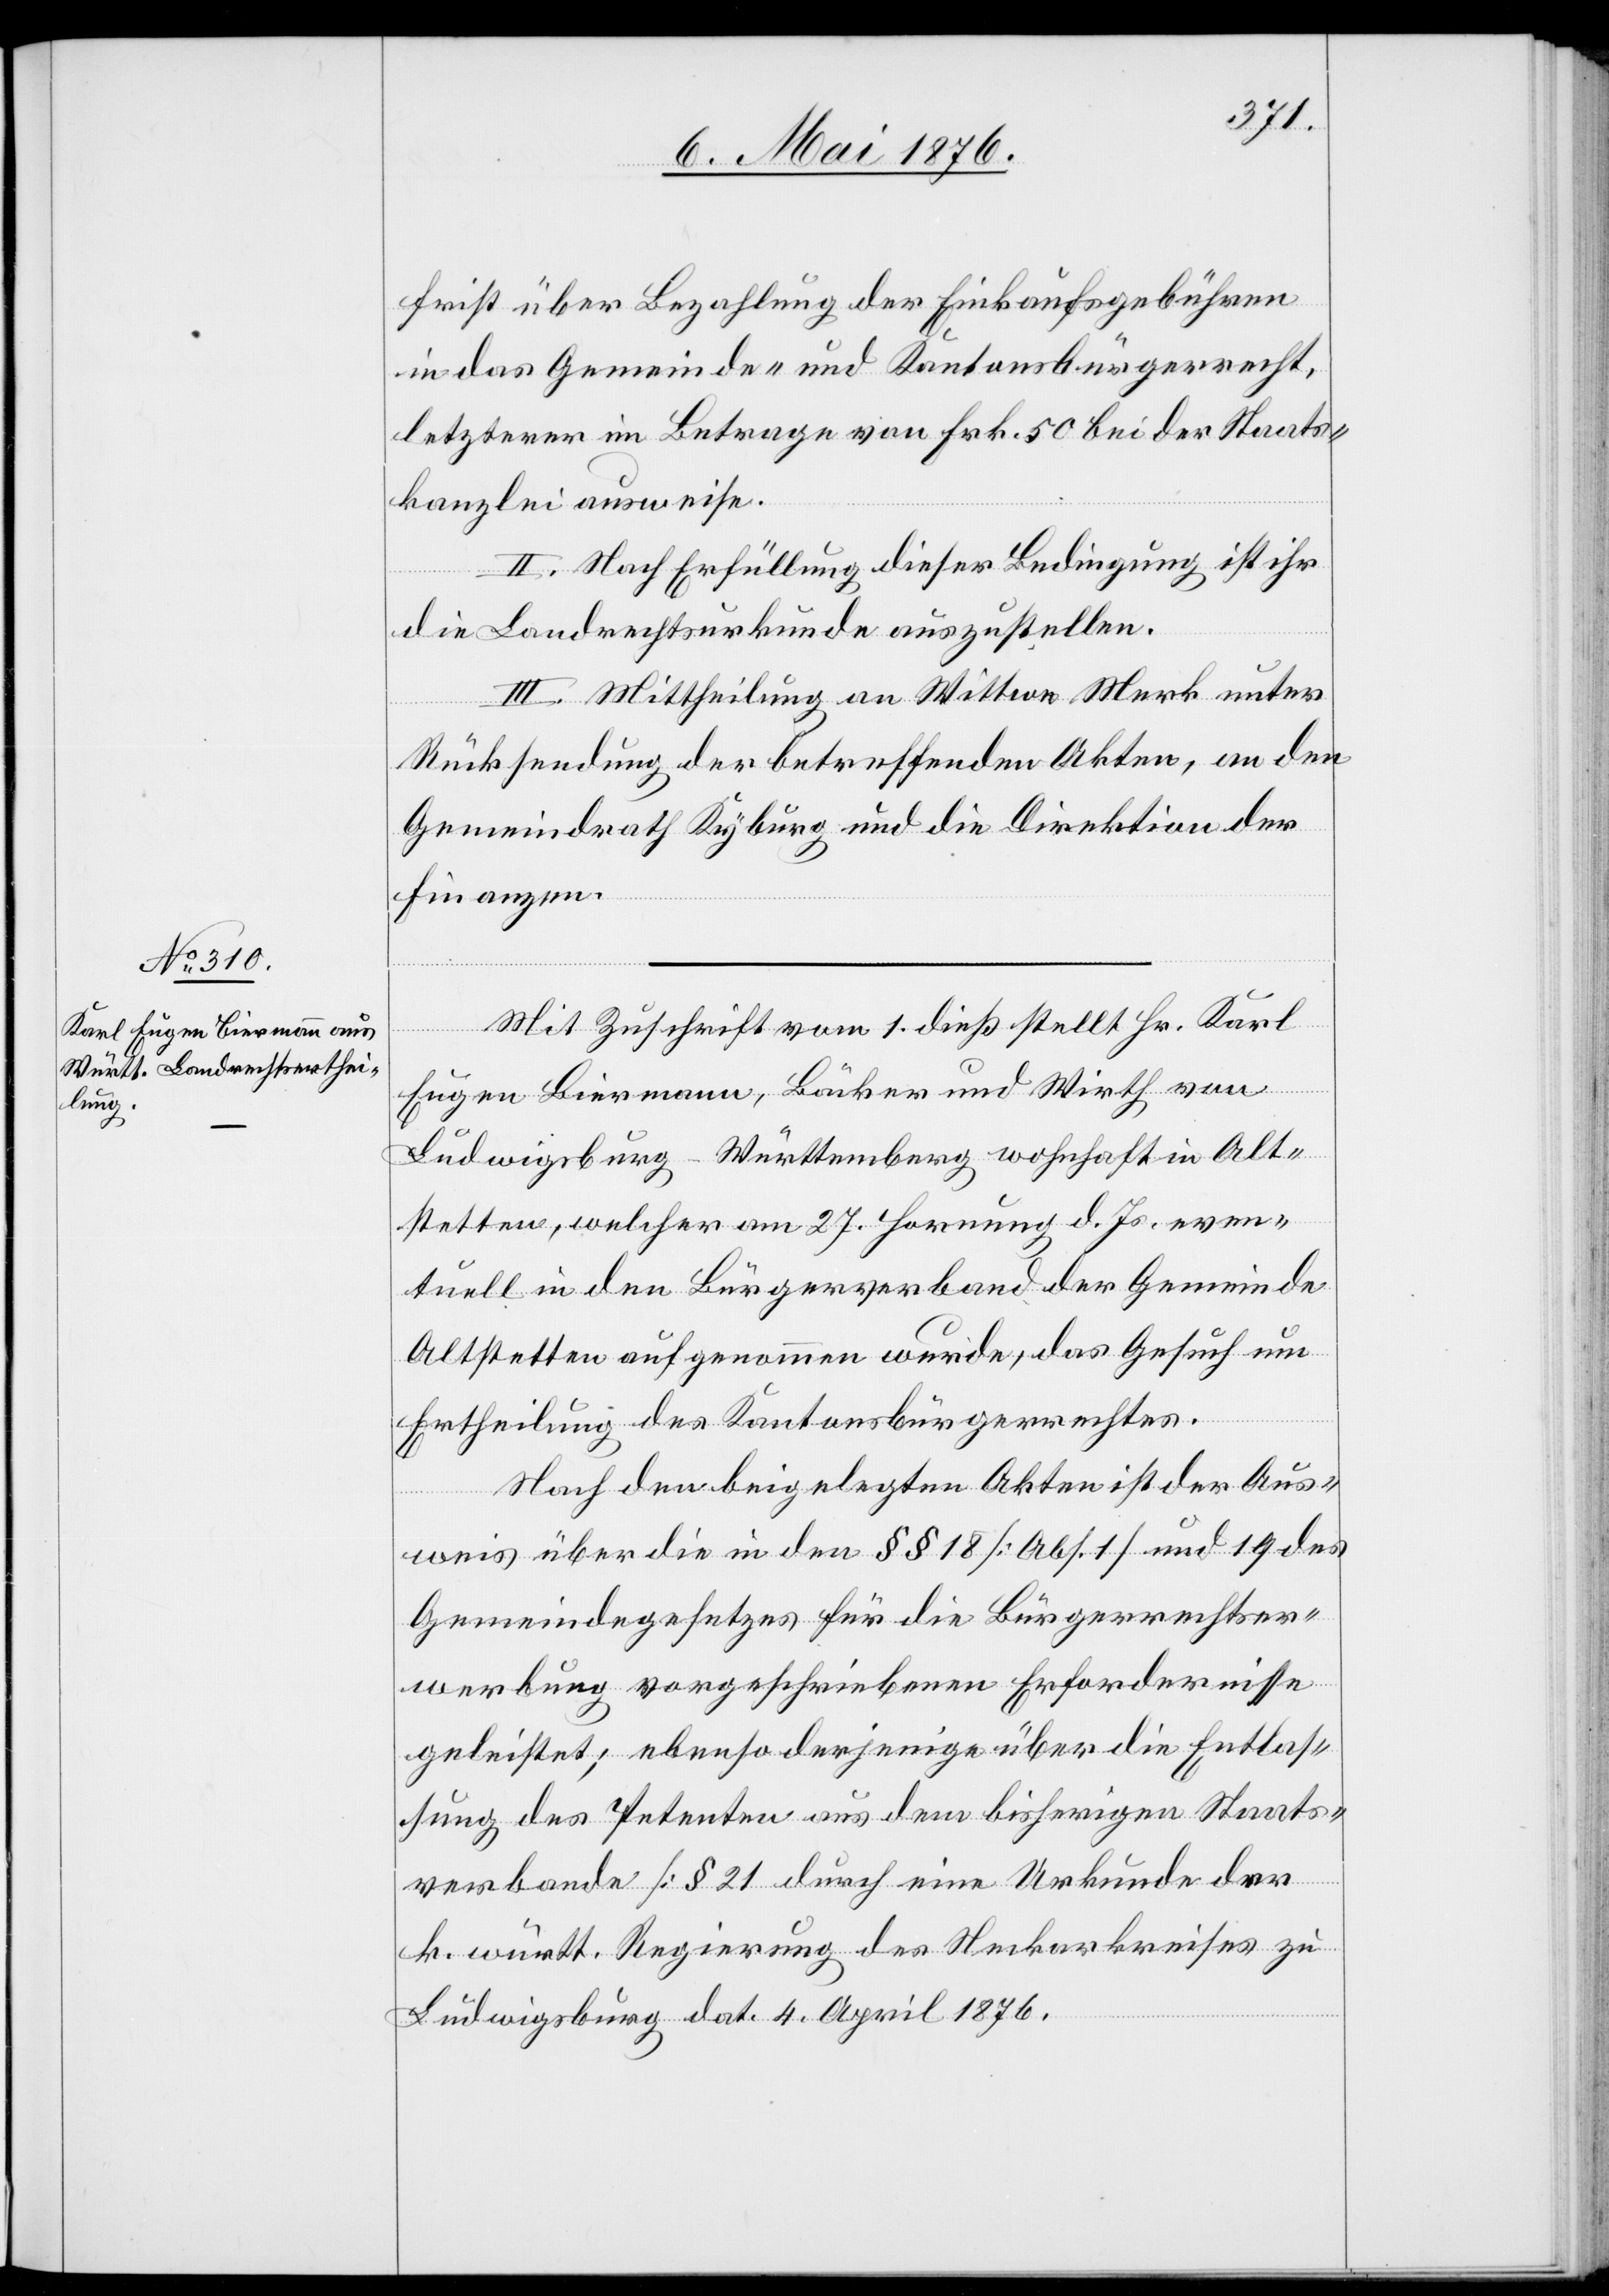
frist über Bezahlung der Einkaufsgebühren
in das Gemeinde- und Kantonsbürgerrecht,
letzterer im Betrage von Frk. 50 bei der Staats¬
kanzlei ausweise.
II. Nach Erfüllung dieser Bedingung ist ihr
die Landrechtsurkunde auszustellen.
III. Mittheilung an Wittwe Mark unter
Rücksendung der betreffenden Akten, an den
Gemeindrath Kyburg und die Direktion der
Finanzen.
Mit Zuschrift vom 1. dieß stellt Hr. Karl
Eugen Biermann, Bäcker und Wirth von
Ludwigsburg - Württemberg wohnhaft in Alt¬
stetten, welcher am 27. Hornung d. Js. even¬
tuell in den Bürgerverband der Gemeinde
Altstetten aufgenommen wurde, das Gesuch um
Ertheilung des Kantonsbürgerrechtes.
Nach den beigelegten Akten ist der Aus¬
weis über die in den §§ 18 [Abs. 1] und 19 des
Gemeindegesetzes für die Bürgerrechtser¬
werbung vorgeschriebenen Erfordernisse
geleistet; ebenso derjenige über die Entlas¬
sung des Petenten aus dem bisherigen Staats¬
verbande [§ 21[]] durch eine Urkunde der
K. württ. Regierung des Neckarkreises zu
Ludwigsburg dat. 4. April 1876.